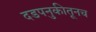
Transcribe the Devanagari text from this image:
दडपनुकीतूनच